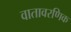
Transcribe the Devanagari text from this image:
वातावरणिक